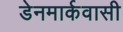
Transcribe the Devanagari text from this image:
डेनमार्कवासी